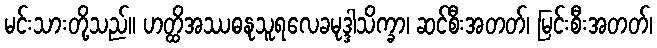
မင်းသားတို့သည်။ ဟတ္ထိအဿဓနုသူရလေခမုဒ္ဒါသိက္ခာ၊ ဆင်စီးအတတ်၊ မြင်းစီးအတတ်၊